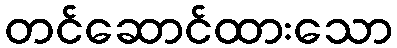
တင်ဆောင်ထားသော